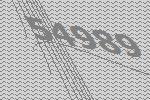
54989